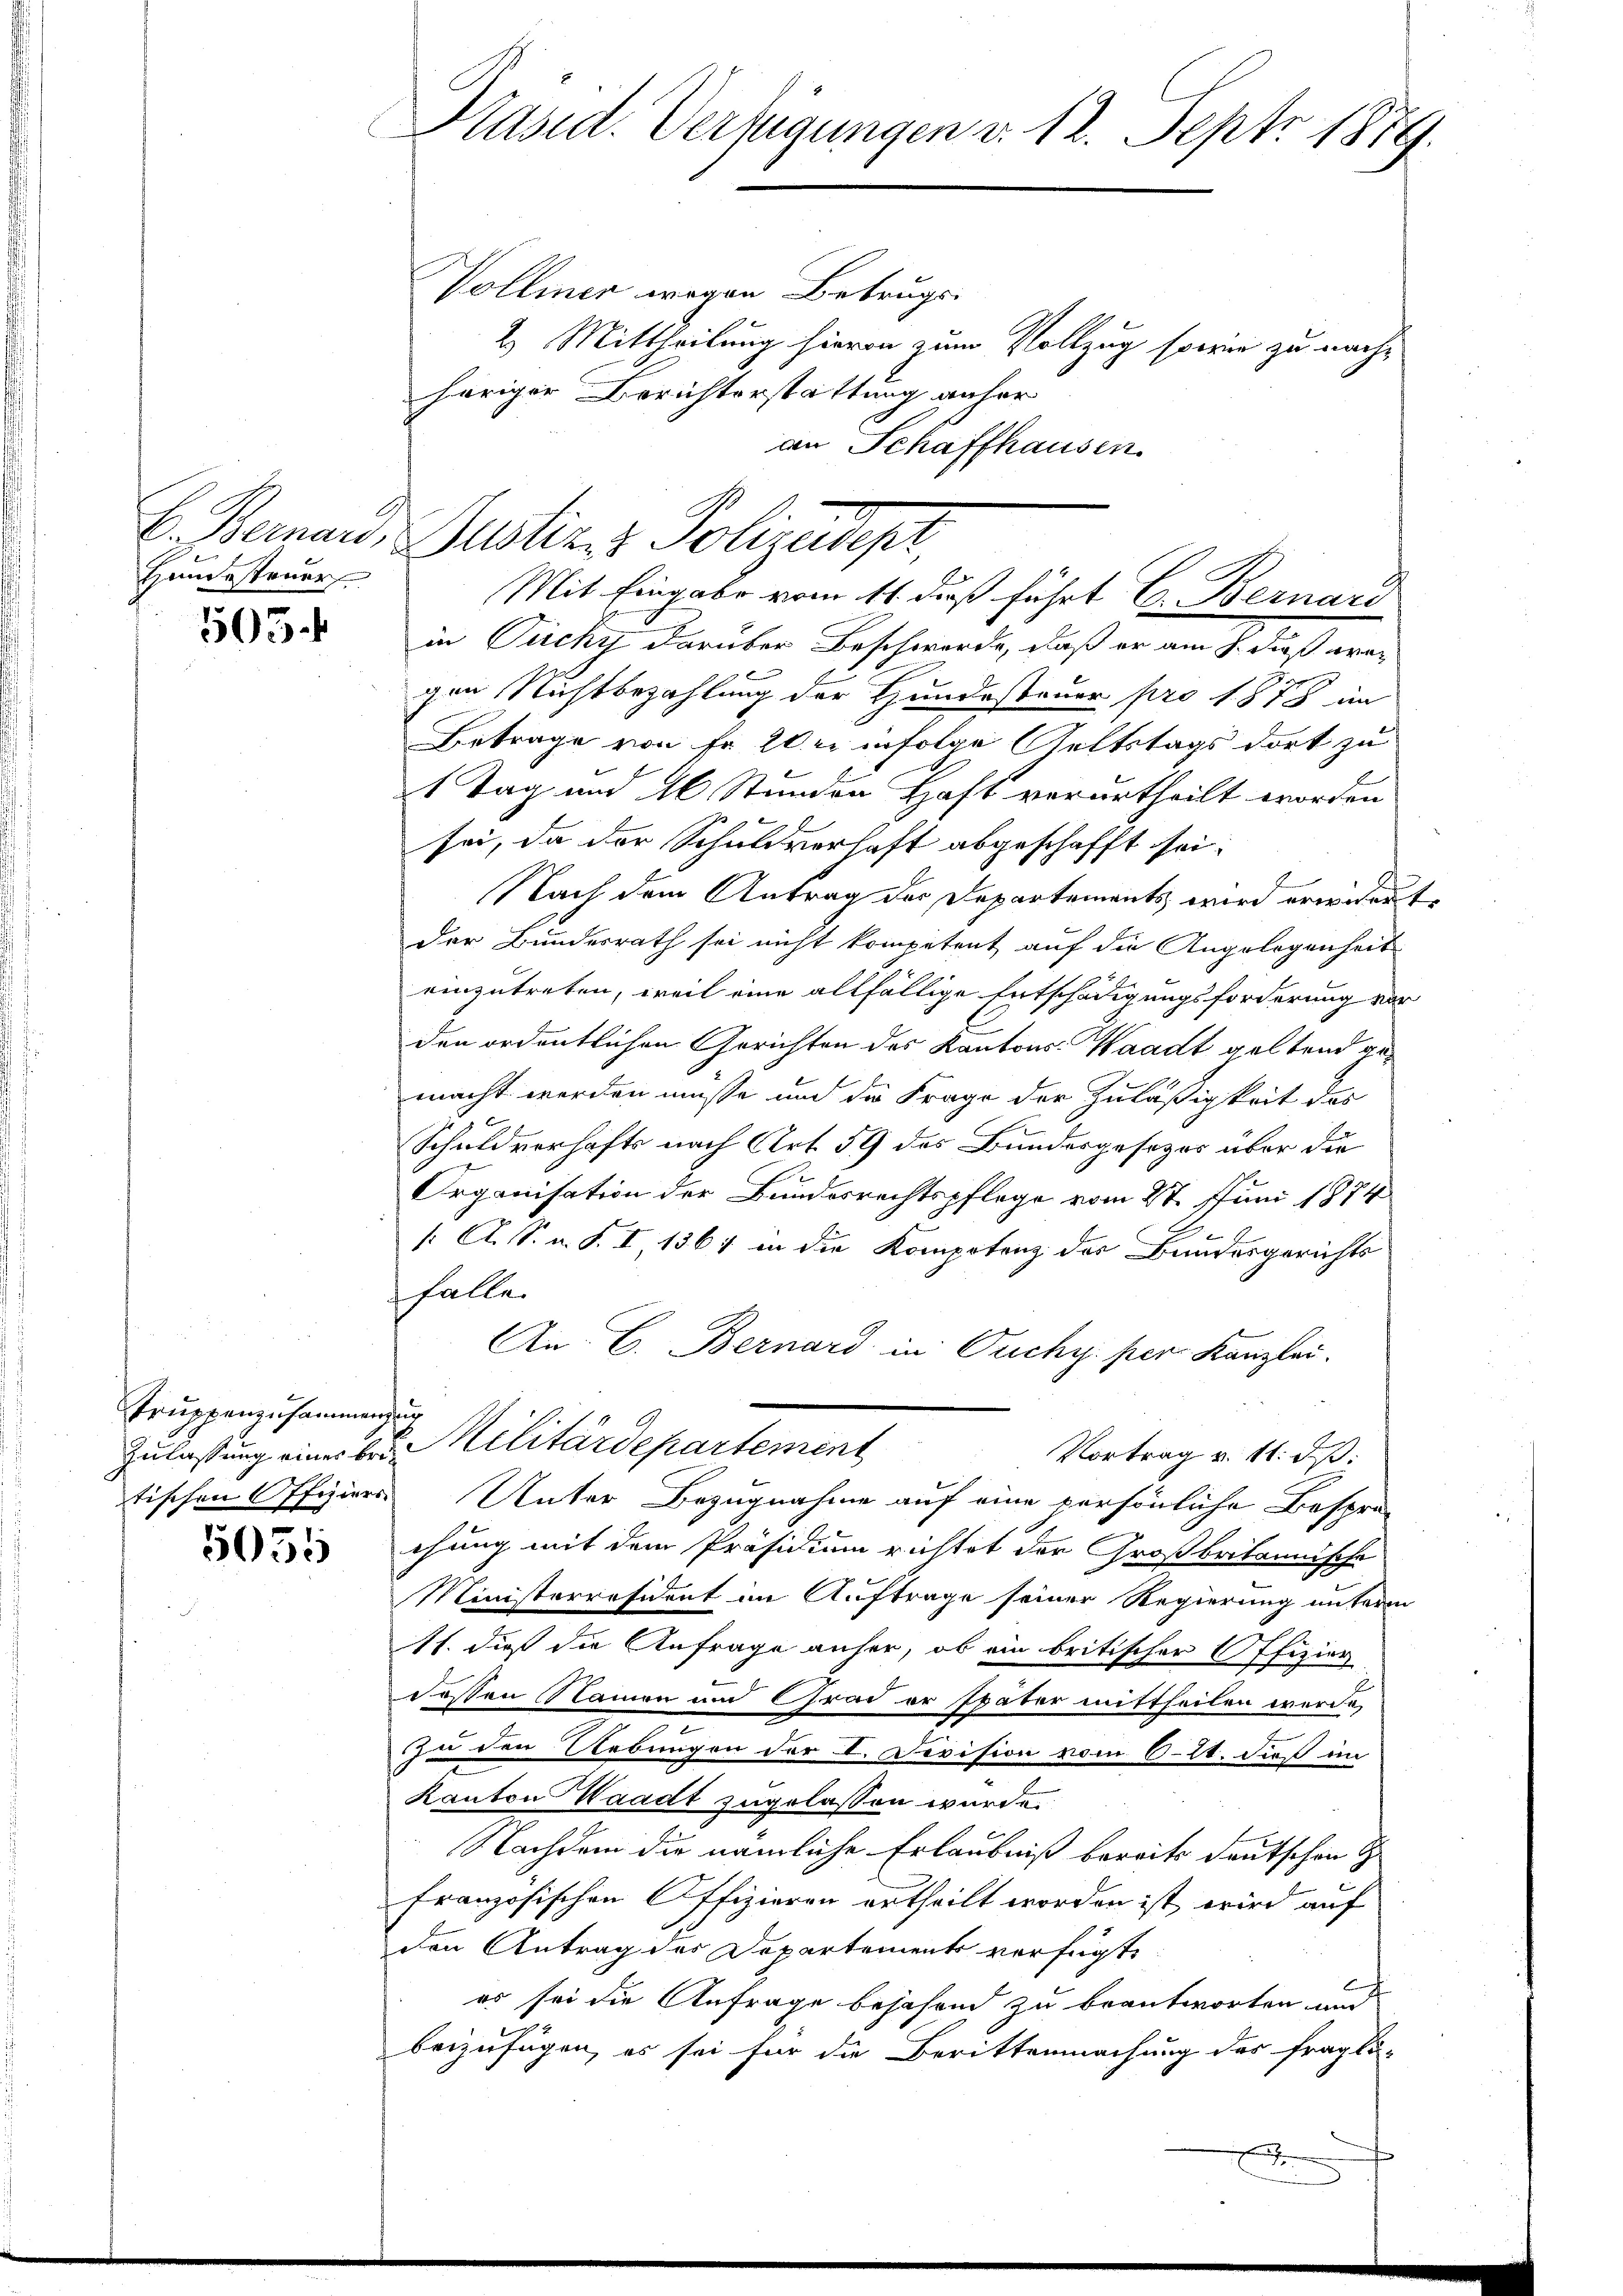
Handesteuer

505.

Truppenzusammenzug

5055

Präsid. Verfügungen v. 12. Sept. 1879.

Vollmer wegen Betrugs-
2. Mittheilung hievon zum Vollzug sowie zu nachheriger Berichterstattung anher
in Picky darüber Beschwerde, daß er am 7. daß wagen Nichtbezahlung der Hundesteuer pro 1878 in
Betrage von Fr. 20 er infolge Geltstags dort zu
1 Tag und 16 Stunden Haft verurtheilt worden
sei, da der Schuldverhaft abgeschafft sei.
Nach dem Antrag der Departements wird erwidert
der Bundesrath sei nicht kompetent auf die Angelegenheit
einzutreten, weil eine allfällige Entschädigungsforderung vor
den ordentlichen Gerichten des Kantons- Waadt geltend gemacht werden müsse und die Frage der Zuläßigkeit des
Schuldverhafts nach Art. 59 des Bundesgesezes über die
Organisation der Bundesrechtspflege vom 27. Juni 1874
/: A. S. n. F. I 136) in die Kompotenz der Bundesgerichts
falle.
An E. Bernard in Puchy per Kanzlei.
Zulassung eines bei Militärdepartement
Vortrag v. 11. dß.
tischen Offiziers Unter Bezugnahme auf eine persönliche Besprä-
chung mit dem Präsidium richtet der Großbritannische
Ministerresident im Auftrage seiner Regierung unterm
11. daß die Anfrage anher, ob ein britischer Offizier
dessen Namen und Grad er später mittheilen werde,
zu den Uebungen der I. Devision vom 621. dieß im
Kanton Waadt zugelassen wurde.
Nachdem die nämliche Erlaubniß bereits deutschen S
französischen Offizieren ertheilt worden ist, wird auf
den Antrag des Departement verfügt,
es sei die Anfrage bejahend zu beantworten und
beizufügen, es sei für die Berittenmachung der fragli-

an Schaffhausen
C. Bernand. Justiz- & Polizeidigt
Mit Eingabe vom 11. daß führt E. Bernari